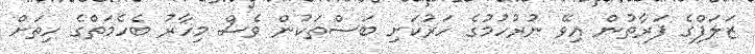
ޒަލަފްގެ ފަރާތުން އިވޭ ނުރުހުމުގެ ހަރުކަށި ބަސްތަކުން ވެސް މިހާރު ބެހެމަތްގެ ހިތަށް